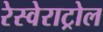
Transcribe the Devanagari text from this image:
रेस्वेराट्रोल